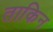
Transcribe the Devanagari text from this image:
ताकिन